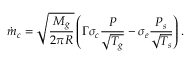
\dot { m } _ { c } = \sqrt { \frac { M _ { g } } { 2 \pi R } } \left( { \Gamma \sigma _ { c } } \frac { P } { \sqrt { T _ { g } } } - \sigma _ { e } \frac { P _ { s } } { \sqrt { T _ { s } } } \right) .